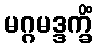
မဂ္ဂမဒ္ဒက္ခိံ